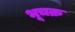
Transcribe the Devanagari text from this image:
भूचक्र